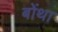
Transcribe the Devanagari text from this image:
बोंथा